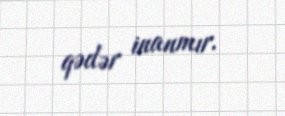
qədər inanmır.